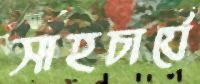
সাহচার্যে